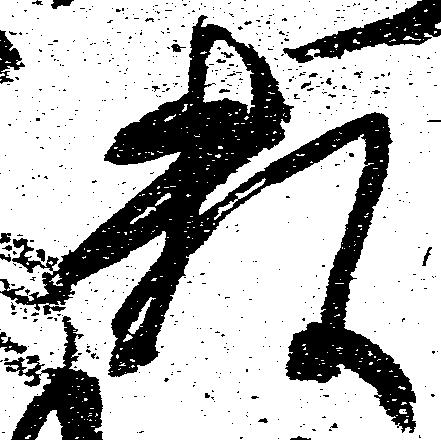
数